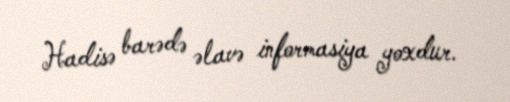
Hadisə barədə əlavə informasiya yoxdur.